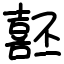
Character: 噽